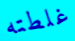
غلطته